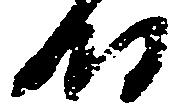
時